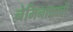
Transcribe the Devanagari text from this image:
नेमिनाथाची